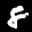
Label: 8